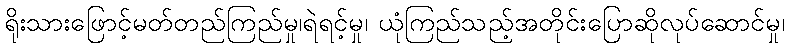
ရိုးသားဖြောင့်မတ်တည်ကြည်မှု၊ရဲရင့်မှု၊ ယုံကြည်သည့်အတိုင်းပြောဆိုလုပ်ဆောင်မှု၊